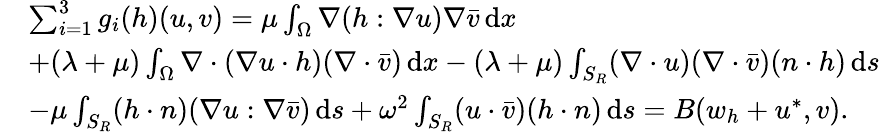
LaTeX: \begin{array}{rl}&{\sum_{i=1}^{3}g_{i}(h)(u,v)=\mu\int_{\Omega}\nabla(h:\nabla u)\nabla\bar{v}\, \mathrm{d}x}\\ &{+(\lambda+\mu)\int_{\Omega}\nabla\cdot(\nabla u\cdot h)(\nabla\cdot\bar{v})\, \mathrm{d}x-(\lambda+\mu)\int_{S_{R}}(\nabla\cdot u)(\nabla\cdot\bar{v})(n\cdot h)\, \mathrm{d}s}\\ &{-\mu\int_{S_{R}}(h\cdot n)(\nabla u:\nabla\bar{v})\, \mathrm{d}s+\omega^{2}\int_{S_{R}}(u\cdot\bar{v})(h\cdot n)\, \mathrm{d}s=B(w_{h}+u^{*},v).}\end{array}